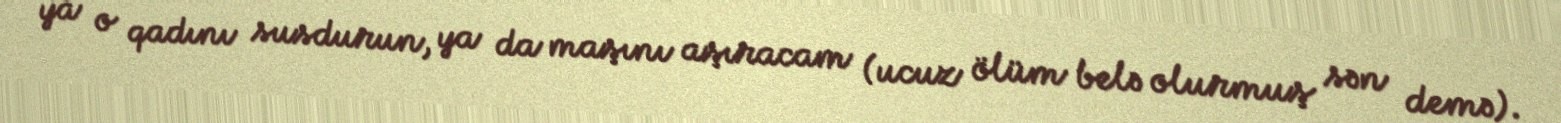
ya o qadını susdurun, ya da maşını aşıracam (ucuz ölüm belə olurmuş sən demə).